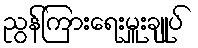
ညွန်ကြားရေးမှူးချုပ်